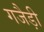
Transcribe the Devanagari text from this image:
गजैड़ी